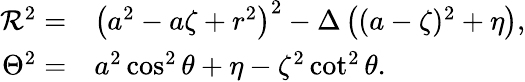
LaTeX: \begin{array}{rl}{{\cal R}^{2}=}&{{}\left(a^{2}-a\zeta+r^{2}\right)^{2}-\Delta\left((a-\zeta)^{2}+\eta\right),}\\ {\Theta^{2}=}&{{}a^{2}\cos^{2}\theta+\eta-\zeta^{2}\cot^{2}\theta.}\end{array}